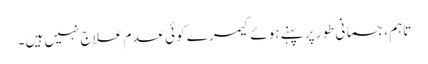
تاہم ، جسمانی طور پر پہنے ہوئے کیمرے کوئی عدم علاج نہیں ہیں۔